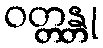
ဝတ္တန္တု